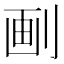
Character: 㓰